Vaccination North-Western Provinces and Oudh 1896-1901 - 1896-1901
Year: 1896
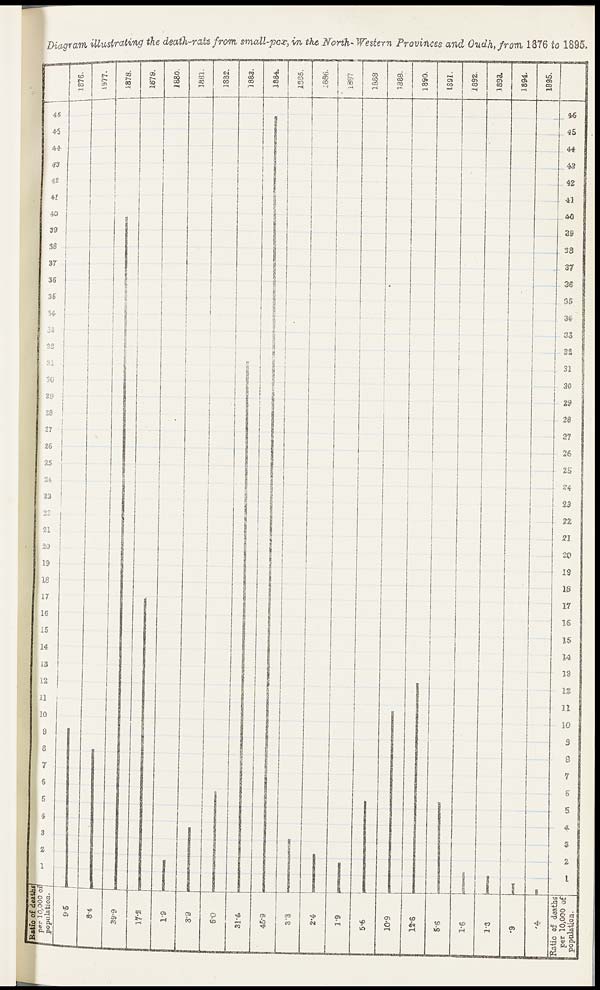
Diagram illustrating the death-rate from small-pox, in the North-Western Provinces and Oudh, from 1876 to